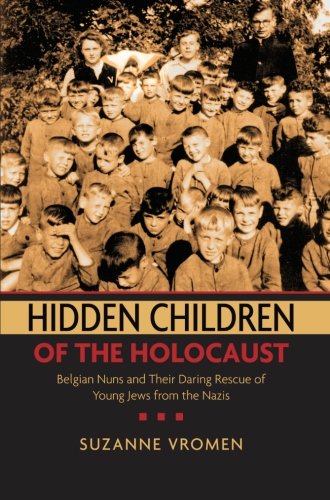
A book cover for Hidden Children of the Holocaust: Belgian Nuns and their Daring Rescue of Young Jews from the Nazis; Suzanne Vromen; History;